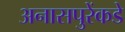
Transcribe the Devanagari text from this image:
अनासपुरेंकडे